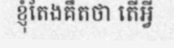
ខ្ញុំតែងគឹតថា តើអ្វី